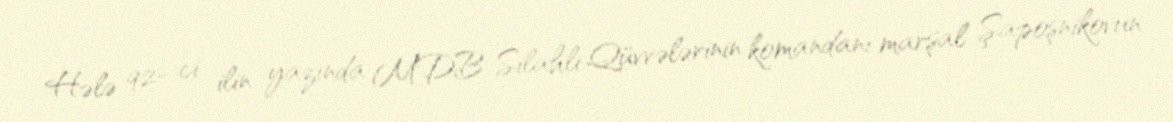
Hələ 92- ci ilin yazında MDB Silahlı Qüvvələrinin komandanı marşal Şapoşnikovun